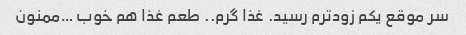
سر موقع یکم زودترم رسید. غذا گرم.. طعم غذا هم خوب …ممنون